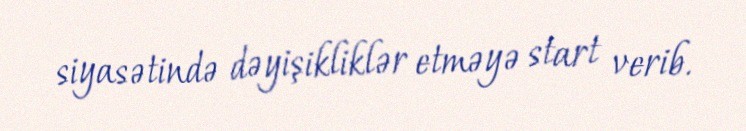
siyasətində dəyişikliklər etməyə start verib.